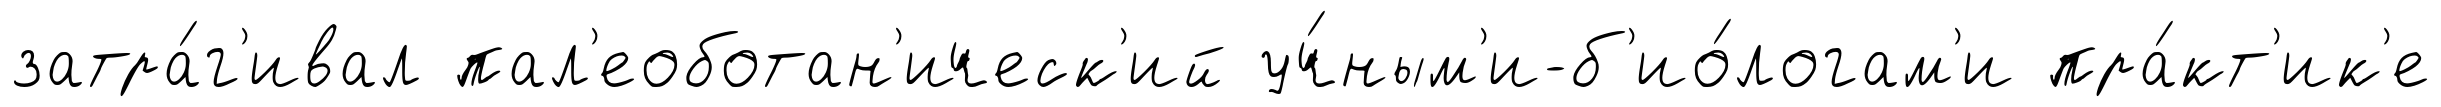
затра́г'ивал пал'еоботан'ическ'ий уч́ным'и-б'ио́логам'и пра́кт'ик'е